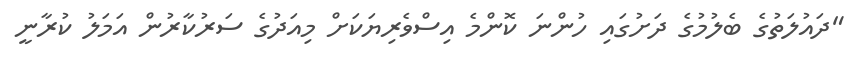
"ދައުލަތުގެ ބެލުމުގެ ދަށުގައި ހުންނަ ކޮންމެ އިސްވެރިޔަކަށް މިއަދުގެ ސަރުކާރުން އަމަލު ކުރާނީ